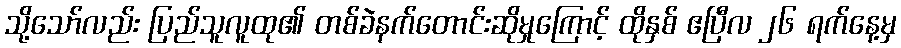
သို့သော်လည်း ပြည်သူလူထု၏ တစ်ခဲနက်တောင်းဆိုမှုကြောင့် ထိုနှစ် ဧပြီလ ၂၆ ရက်နေ့မှ